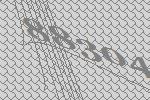
88304